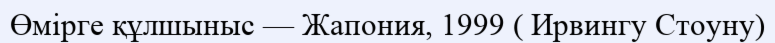
Өмірге құлшыныс — Жапония, 1999 ( Ирвингу Стоуну)